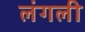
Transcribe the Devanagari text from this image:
लंगली